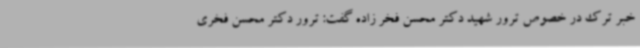
خبر ترک در خصوص ترور شهید دکتر محسن فخر زاده گفت: ترور دکتر محسن فخری